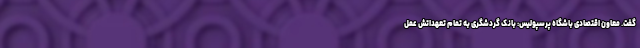
گفت. معاون اقتصادی باشگاه پرسپولیس: بانک گردشگری به تمام تعهداتش عمل